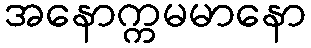
အနောက္ကမမာနော